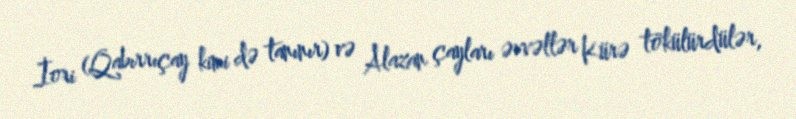
İori (Qabırrıçay kimi də tanınır) və Alazan çayları əvvəllər Kürə tökülürdülər,